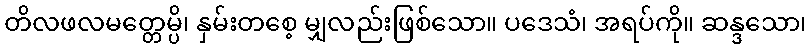
တိလဖလမတ္တေမ္ပိ၊ နှမ်းတစေ့ မျှလည်းဖြစ်သော။ ပဒေသံ၊ အရပ်ကို။ ဆန္ဒသော၊